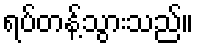
ရပ်တန့်သွားသည်။